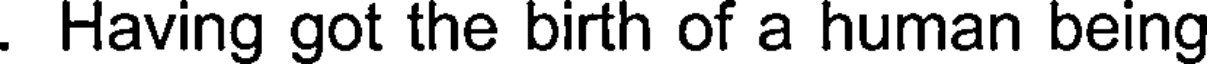
. Having got the birth of a human being